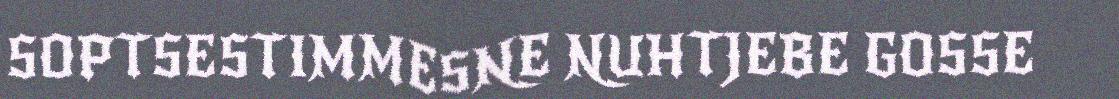
SOPTSESTIMMESNE NUHTJEBE GOSSE